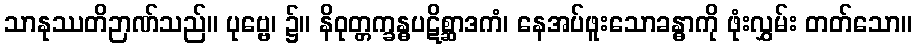
သာနုဿတိဉာဏ်သည်။ ပုဗ္ဗေ၊ ၌။ နိဝုတ္တက္ခန္ဓပဋိစ္ဆာဒကံ၊ နေအပ်ဖူးသောခန္ဓာကို ဖုံးလွှမ်း တတ်သော။